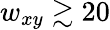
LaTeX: w_{xy}\gtrsim 20